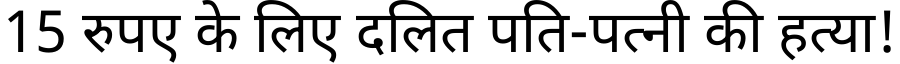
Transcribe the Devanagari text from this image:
15 रुपए के लिए दलित पति-पत्नी की हत्या!